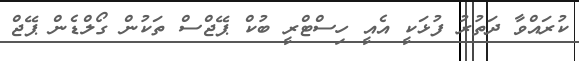
ކުރައްވާ ދަތުރު ފުޅަކީ އެއީ ހިސްޓްރީ ބުކް ޕޭޖްސް ތަކުން ގޯލްޑެން ޕޭޖް